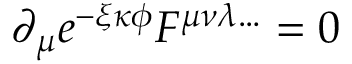
\partial _ { \mu } e ^ { - \xi \kappa \phi } F ^ { \mu \nu \lambda \ldots } = 0